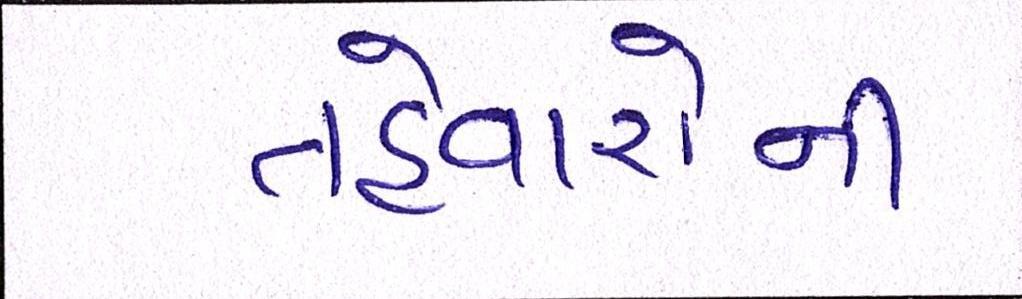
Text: તહેવારોની